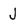
Character: J